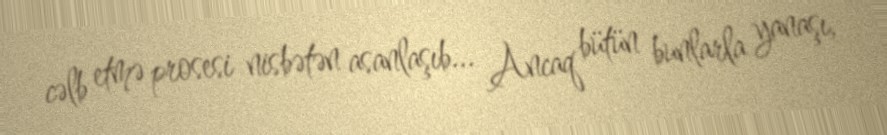
cəlb etmə prosesi nisbətən asanlaşıb... Ancaq bütün bunlarla yanaşı,